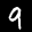
Label: 9